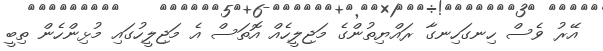
އޭރު ވެސް ހިނގަހިނގާ ރައްޔިތުންގެ މަޖިލީހެއް އޮތަސް އެ މަޖިލީހުގައި މުޅިންހެން ތިބީ